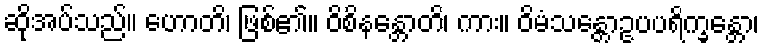
ဆိုအပ်သည်။ ဟောတိ၊ ဖြစ်၏။ ဝိစိနန္တောတိ၊ ကား။ ဝိမံသန္တောဥပပရိက္ခန္တော၊